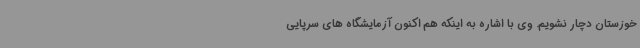
خوزستان دچار نشویم. وی با اشاره به اینکه هم اکنون آزمایشگاه های سرپایی